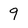
Character: 9